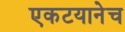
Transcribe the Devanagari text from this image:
एकटयानेच